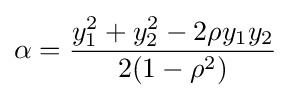
\alpha ={\frac {y_{1}^{2}+y_{2}^{2}-2\rho y_{1}y_{2}}{2(1-\rho ^{2})}}